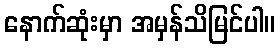
နောက်ဆုံးမှာ အမှန်သိမြင်ပါ။